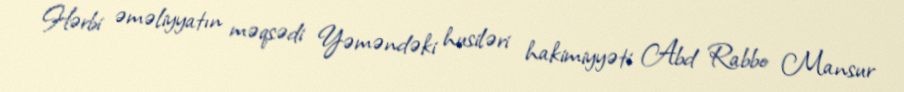
Hərbi əməliyyatın məqsədi Yəməndəki husiləri hakimiyyəti Abd Rabbo Mansur